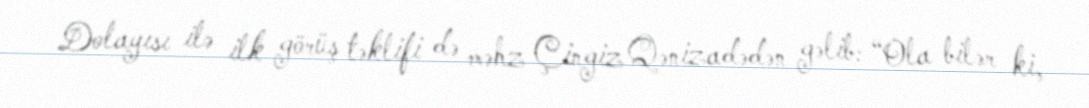
Dolayısı ilə ilk görüş təklifi də məhz Çingiz Qənizadədən gəlib: “Ola bilər ki,